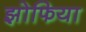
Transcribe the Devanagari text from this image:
झोफिया